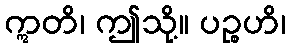
ဣတိ၊ ဤသို့။ ပဉ္စဟိ၊